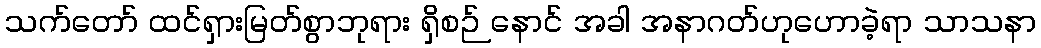
သက်တော် ထင်ရှားမြတ်စွာဘုရား ရှိစဉ် နောင် အခါ အနာဂတ်ဟုဟောခဲ့ရာ သာသနာ